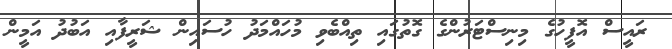
ރައީސް އޮފީހުގެ މިނިސްޓަރުންގެ ގޮތުގައި ތިއްބެވި މުހައްމަދު ހުސައިން ޝަރީފާއި އަބުދު އަމީން